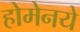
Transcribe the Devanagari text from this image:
होमेनये